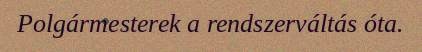
Polgármesterek a rendszerváltás óta.